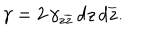
LaTeX: \gamma = 2 \, \gamma _ { z \overline { { { z } } } } \, d z \, d \overline { { { z } } } .